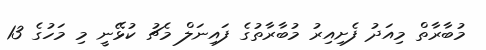
މުބާރާތް މިއަދު ފެށިއިރު މުބާރާތުގެ ފައިނަލް މެޗު ކުޅޭނީ މި މަހުގެ 13